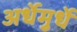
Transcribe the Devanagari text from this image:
अर्धेमुर्धे